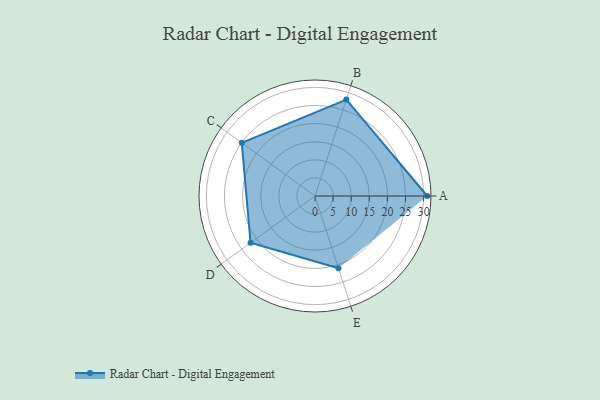
{"axis": {"x": "Skill", "y": "Score"}, "legend": ["Profile"], "data": [{"x": "A", "y": 31.0, "type": "Profile"}, {"x": "B", "y": 28.0, "type": "Profile"}, {"x": "C", "y": 25.0, "type": "Profile"}, {"x": "D", "y": 22.0, "type": "Profile"}, {"x": "E", "y": 21.0, "type": "Profile"}]}